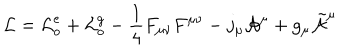
{ \cal L } = { \cal L } _ { o } ^ { e } + { \cal L } _ { o } ^ { g } - \frac { 1 } { 4 } F _ { \mu \nu } F ^ { \mu \nu } - j _ { \mu } { \cal A } ^ { \mu } + g _ { \mu } \tilde { { \cal A } } ^ { \mu }